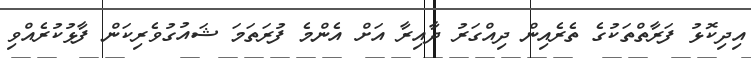
އިދިކޮޅު ފަރާތްތަކުގެ ތެރެއިން ދިއްގަރު ދާއިރާ އަށް އެންމެ ފުރަތަމަ ޝައުގުވެރިކަން ފާޅުކުރެއްވި